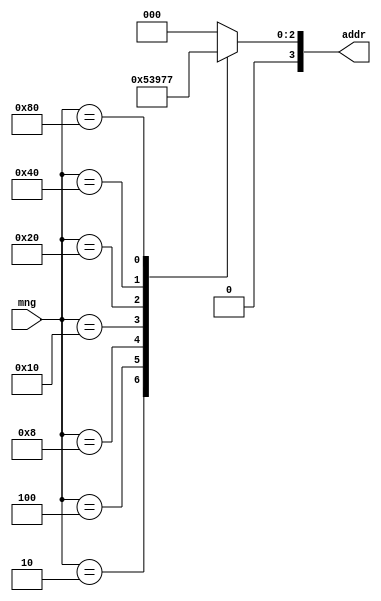
module cd_8_3 (
		input [7:0] mng,
		output reg[3:0]addr
);
always @(*) case(mng)
		8'b00000001: addr=3'b000;
		8'b00000010: addr=3'b001;
		8'b00000100: addr=3'b010;
		8'b00001000: addr=3'b011;
		8'b00010000: addr=3'b100;
		8'b00100000: addr=3'b101;
		8'b01000000: addr=3'b110;
		8'b10000000: addr=3'b111;
		default addr=3'b000;
		endcase
endmodule